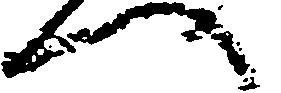
へ